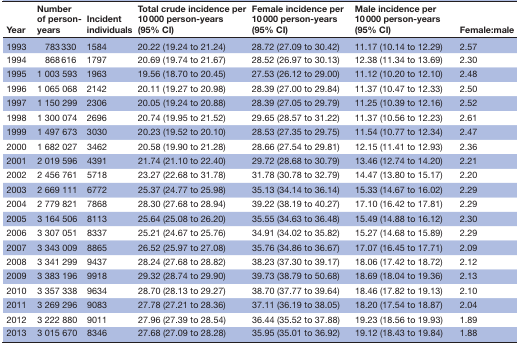
<table><thead><tr><td><b>Year</b></td><td><b>Number of person-years</b></td><td><b>Incident individuals</b></td><td><b>Total crude incidence per 10 000 person-years (95% CI)</b></td><td><b>Female incidence per 10 000 person-years (95% CI)</b></td><td><b>Male incidence per 10 000 person-years (95% CI)</b></td><td><b>Female:male</b></td></tr></thead><tbody><tr><td>1993</td><td>783 330</td><td>1584</td><td>20.22 (19.24 to 21.24)</td><td>28.72 (27.09 to 30.42)</td><td>11.17 (10.14 to 12.29)</td><td>2.57</td></tr><tr><td>1994</td><td>868 616</td><td>1797</td><td>20.69 (19.74 to 21.67)</td><td>28.52 (26.97 to 30.13)</td><td>12.38 (11.34 to 13.69)</td><td>2.30</td></tr><tr><td>1995</td><td>1 003 593</td><td>1963</td><td>19.56 (18.70 to 20.45)</td><td>27.53 (26.12 to 29.00)</td><td>11.12 (10.20 to 12.10)</td><td>2.48</td></tr><tr><td>1996</td><td>1 065 068</td><td>2142</td><td>20.11 (19.27 to 20.98)</td><td>28.39 (27.00 to 29.84)</td><td>11.37 (10.47 to 12.33)</td><td>2.50</td></tr><tr><td>1997</td><td>1 150 299</td><td>2306</td><td>20.05 (19.24 to 20.88)</td><td>28.39 (27.05 to 29.79)</td><td>11.25 (10.39 to 12.16)</td><td>2.52</td></tr><tr><td>1998</td><td>1 300 074</td><td>2696</td><td>20.74 (19.95 to 21.52)</td><td>29.65 (28.57 to 31.22)</td><td>11.37 (10.56 to 12.23)</td><td>2.61</td></tr><tr><td>1999</td><td>1 497 673</td><td>3030</td><td>20.23 (19.52 to 20.10)</td><td>28.53 (27.35 to 29.75)</td><td>11.54 (10.77 to 12.34)</td><td>2.47</td></tr><tr><td>2000</td><td>1 682 027</td><td>3462</td><td>20.58 (19.90 to 21.28)</td><td>28.66 (27.54 to 29.81)</td><td>12.15 (11.41 to 12.93)</td><td>2.36</td></tr><tr><td>2001</td><td>2 019 596</td><td>4391</td><td>21.74 (21.10 to 22.40)</td><td>29.72 (28.68 to 30.79)</td><td>13.46 (12.74 to 14.20)</td><td>2.21</td></tr><tr><td>2002</td><td>2 456 761</td><td>5718</td><td>23.27 (22.68 to 31.78)</td><td>31.78 (30.78 to 32.79)</td><td>14.47 (13.80 to 15.17)</td><td>2.20</td></tr><tr><td>2003</td><td>2 669 111</td><td>6772</td><td>25.37 (24.77 to 25.98)</td><td>35.13 (34.14 to 36.14)</td><td>15.33 (14.67 to 16.02)</td><td>2.29</td></tr><tr><td>2004</td><td>2 779 821</td><td>7868</td><td>28.30 (27.68 to 28.94)</td><td>39.22 (38.19 to 40.27)</td><td>17.10 (16.42 to 17.81)</td><td>2.29</td></tr><tr><td>2005</td><td>3 164 506</td><td>8113</td><td>25.64 (25.08 to 26.20)</td><td>35.55 (34.63 to 36.48)</td><td>15.49 (14.88 to 16.12)</td><td>2.30</td></tr><tr><td>2006</td><td>3 307 051</td><td>8337</td><td>25.21 (24.67 to 25.76)</td><td>34.91 (34.02 to 35.82)</td><td>15.27 (14.68 to 15.89)</td><td>2.29</td></tr><tr><td>2007</td><td>3 343 009</td><td>8865</td><td>26.52 (25.97 to 27.08)</td><td>35.76 (34.86 to 36.67)</td><td>17.07 (16.45 to 17.71)</td><td>2.09</td></tr><tr><td>2008</td><td>3 341 299</td><td>9437</td><td>28.24 (27.68 to 28.82)</td><td>38.23 (37.30 to 39.17)</td><td>18.06 (17.42 to 18.72)</td><td>2.12</td></tr><tr><td>2009</td><td>3 383 196</td><td>9918</td><td>29.32 (28.74 to 29.90)</td><td>39.73 (38.79 to 50.68)</td><td>18.69 (18.04 to 19.36)</td><td>2.13</td></tr><tr><td>2010</td><td>3 357 338</td><td>9634</td><td>28.70 (28.13 to 29.27)</td><td>38.70 (37.77 to 39.64)</td><td>18.46 (17.82 to 19.13)</td><td>2.10</td></tr><tr><td>2011</td><td>3 269 296</td><td>9083</td><td>27.78 (27.21 to 28.36)</td><td>37.11 (36.19 to 38.05)</td><td>18.20 (17.54 to 18.87)</td><td>2.04</td></tr><tr><td>2012</td><td>3 222 880</td><td>9011</td><td>27.96 (27.39 to 28.54)</td><td>36.44 (35.52 to 37.88)</td><td>19.23 (18.56 to 19.93)</td><td>1.89</td></tr><tr><td>2013</td><td>3 015 670</td><td>8346</td><td>27.68 (27.09 to 28.28)</td><td>35.95 (35.01 to 36.92)</td><td>19.12 (18.43 to 19.84)</td><td>1.88</td></tr></tbody></table>